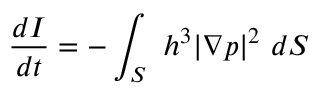
\frac { d I } { d t } = - \int _ { S } \ h ^ { 3 } | \nabla p | ^ { 2 } \ d S